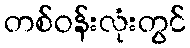
တစ်ဝန်းလုံးတွင်